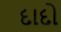
દાદો